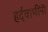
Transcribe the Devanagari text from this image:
हर्दवाणींनी